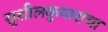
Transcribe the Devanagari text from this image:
सुशीलकुमारांचा